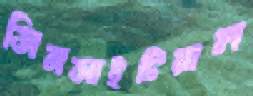
সিনসাইটিয়াল